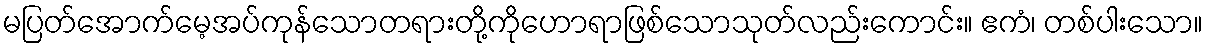
မပြတ်အောက်မေ့အပ်ကုန်သောတရားတို့ကိုဟောရာဖြစ်သောသုတ်လည်းကောင်း။ ဧကံ၊ တစ်ပါးသော။